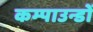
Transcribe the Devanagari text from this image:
कम्पाउन्डों